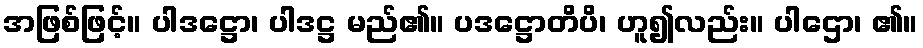
အဖြစ်ဖြင့်။ ပါဒဋ္ဌော၊ ပါဒဋ္ဌ မည်၏။ ပဒဋ္ဌောတိပိ၊ ဟူ၍လည်း။ ပါဌော၊ ၏။